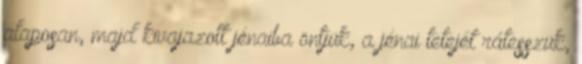
alaposan, majd kivajazott jénaiba öntjük, a jénai tetejét rátesszük,